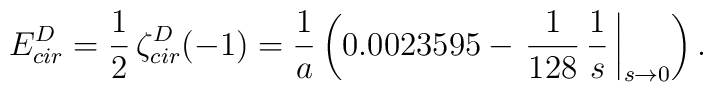
E_{cir}^{D}=\frac{1}{2}\,\zeta_{cir}^{D}(-1)=\frac{1}{a}\left(0.0023595-\left.\frac{1}{128}\,\frac{1}{s}\,\right|_{s\to 0} \right).